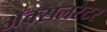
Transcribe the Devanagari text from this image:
ॲक्सलरेटर